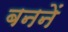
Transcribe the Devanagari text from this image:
बननें